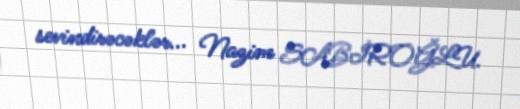
sevindirəcəklər... Nazim SABİROĞLU.